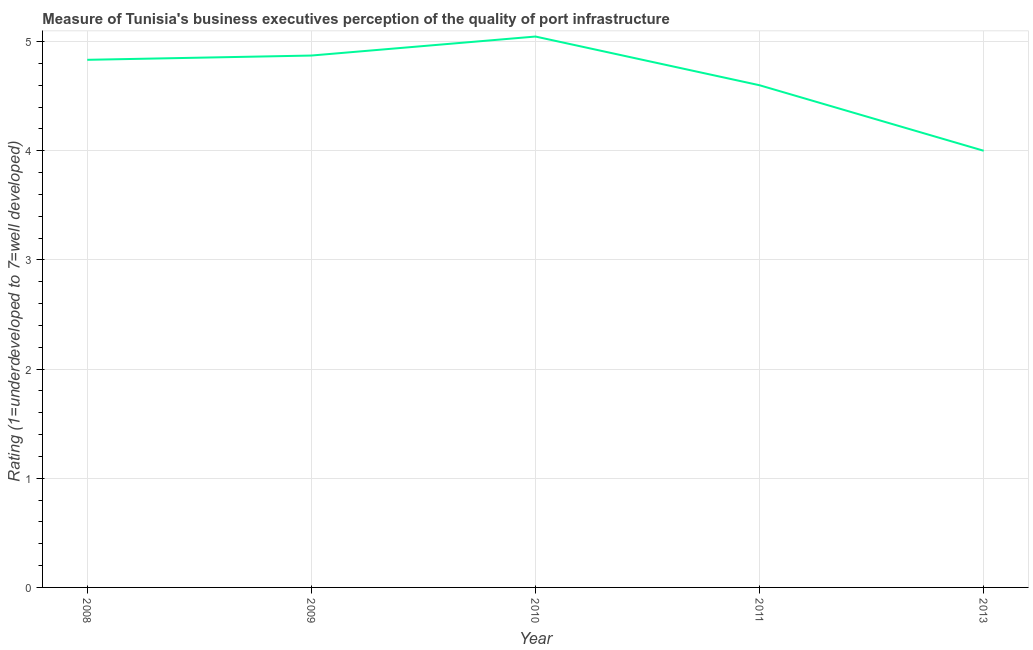
| Year | Quality of port infrastructure |
 | --- | --- |
 | 2008 | 4.83 |
 | 2009 | 4.87 |
 | 2010 | 5.05 |
 | 2011 | 4.6 |
 | 2013 | 4 |